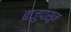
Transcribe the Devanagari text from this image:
बाजुपासून